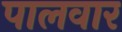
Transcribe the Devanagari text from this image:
पालवार